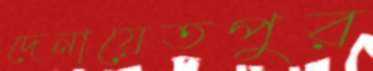
দেনায়েতপুর